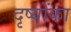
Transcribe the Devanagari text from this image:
दृष्योंका